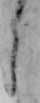
う